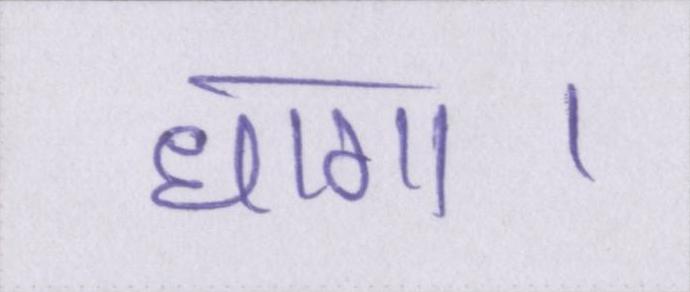
धागा।